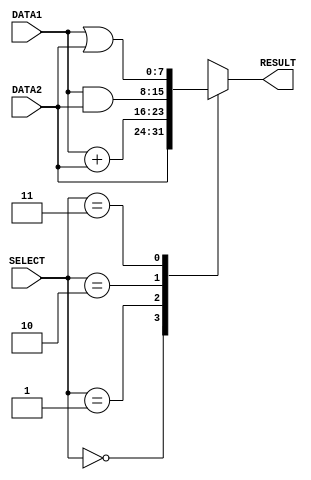
// Computer Architecture (CO224) - Lab 05
// Design: ALU of Simple Processor

module alu(DATA1, DATA2, RESULT, SELECT);

    //ports declaration
	input [7:0]DATA1;    // 8-bit input called DATA1
    input [7:0]DATA2;    // 8-bit input called DATA2  
    input [2:0]SELECT;   // 3-bit input called SELECT
    output reg [7:0]RESULT;     // 8-bit input called RESULT

    always @ (DATA1, DATA2, SELECT)     // This always block gets executed whenever DATA1, DATA2, SELECT changes value
    begin
        case (SELECT)
            3'b000    : RESULT = #1 DATA2;     // If SELECT=0,forward DATA2 into RESULT 
            3'b001    : RESULT = #2 DATA1 + DATA2;     // If SELECT=1, add DATA1 and DATA2 
            3'b010    : RESULT = #1 DATA1 & DATA2;     // If SELECT=2, bitwise AND on DATA1 with DATA2
            3'b011    : RESULT = #1 DATA1 | DATA2;     // If SELECT=3, bitwise OR on DATA1 with DATA2
            default   : RESULT = 8'bXXXXXXXX;       // If SELECT is anything else display 8 X s
        endcase
    end

endmodule